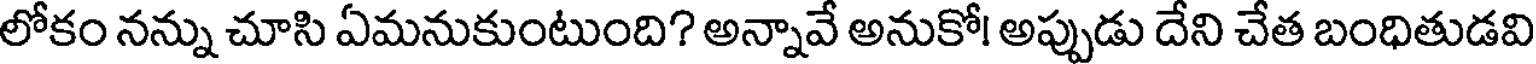
లోకం నన్ను చూసి ఏమనుకుంటుంది? అన్నావే అనుకో! అప్పుడు దేని చేత బంధితుడవి